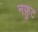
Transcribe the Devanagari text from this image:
नफ़ुट